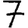
Digit: 7